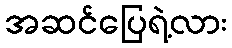
အဆင်ပြေရဲ့လား